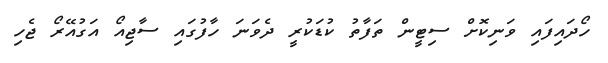
ހޯދައިފައި ވަނިކޮށް ސިޓީން ތަފާތު ކުޑަކުރީ ދެވަނަ ހާފުގައި ސާޖިއޯ އަގުއޭރޯ ޖެހި